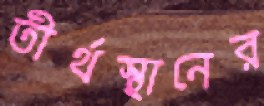
তীর্থস্থানের